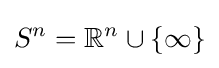
S^{n}=\mathbb {R} ^{n}\cup \{\infty \}